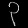
Digit: ၃